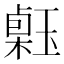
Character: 𤨗